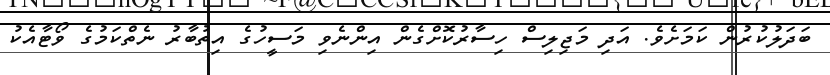
ބަދަލުކުރުން ކަމަށެވެ. އަދި މަޖިލިސް ހިސާރުކޮށްގެން އިންނެވި މަސީހުގެ އިތުބާރު ނެތްކަމުގެ ވޯޓާއެކު